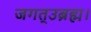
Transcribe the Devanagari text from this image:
जगत्उब्रह्म।